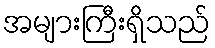
အများကြီးရှိသည်